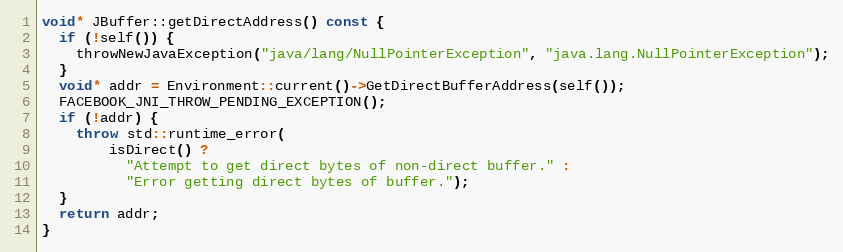
Language: C++
void* JBuffer::getDirectAddress() const {
  if (!self()) {
    throwNewJavaException("java/lang/NullPointerException", "java.lang.NullPointerException");
  }
  void* addr = Environment::current()->GetDirectBufferAddress(self());
  FACEBOOK_JNI_THROW_PENDING_EXCEPTION();
  if (!addr) {
    throw std::runtime_error(
        isDirect() ?
          "Attempt to get direct bytes of non-direct buffer." :
          "Error getting direct bytes of buffer.");
  }
  return addr;
}